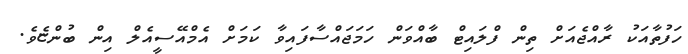
ހަފުތާއަކު ރާއްޖެއަށް ތިން ފްލައިޓް ބާއްވަން ހަމަޖައްސާފައިވާ ކަމަށް އެމްއޭސީއެލް އިން ބުންޏެވެ.